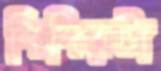
শিশিরটা